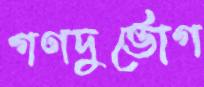
গণদুর্ভোগ